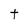
Character: t